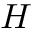
H